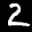
Label: 2